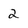
Character: 2